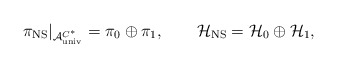
\begin{align*}\pi_{\rm NS}|_{{\cal A}_{\rm univ}^{C^*}} =\pi_0 \oplus \pi_1,\qquad{\cal H}_{\rm NS}={\cal H}_0 \oplus {\cal H}_1,\end{align*}